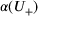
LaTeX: \alpha ( U _ { + } )